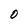
Character: 0